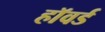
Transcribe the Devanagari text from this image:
हाॅवर्ड